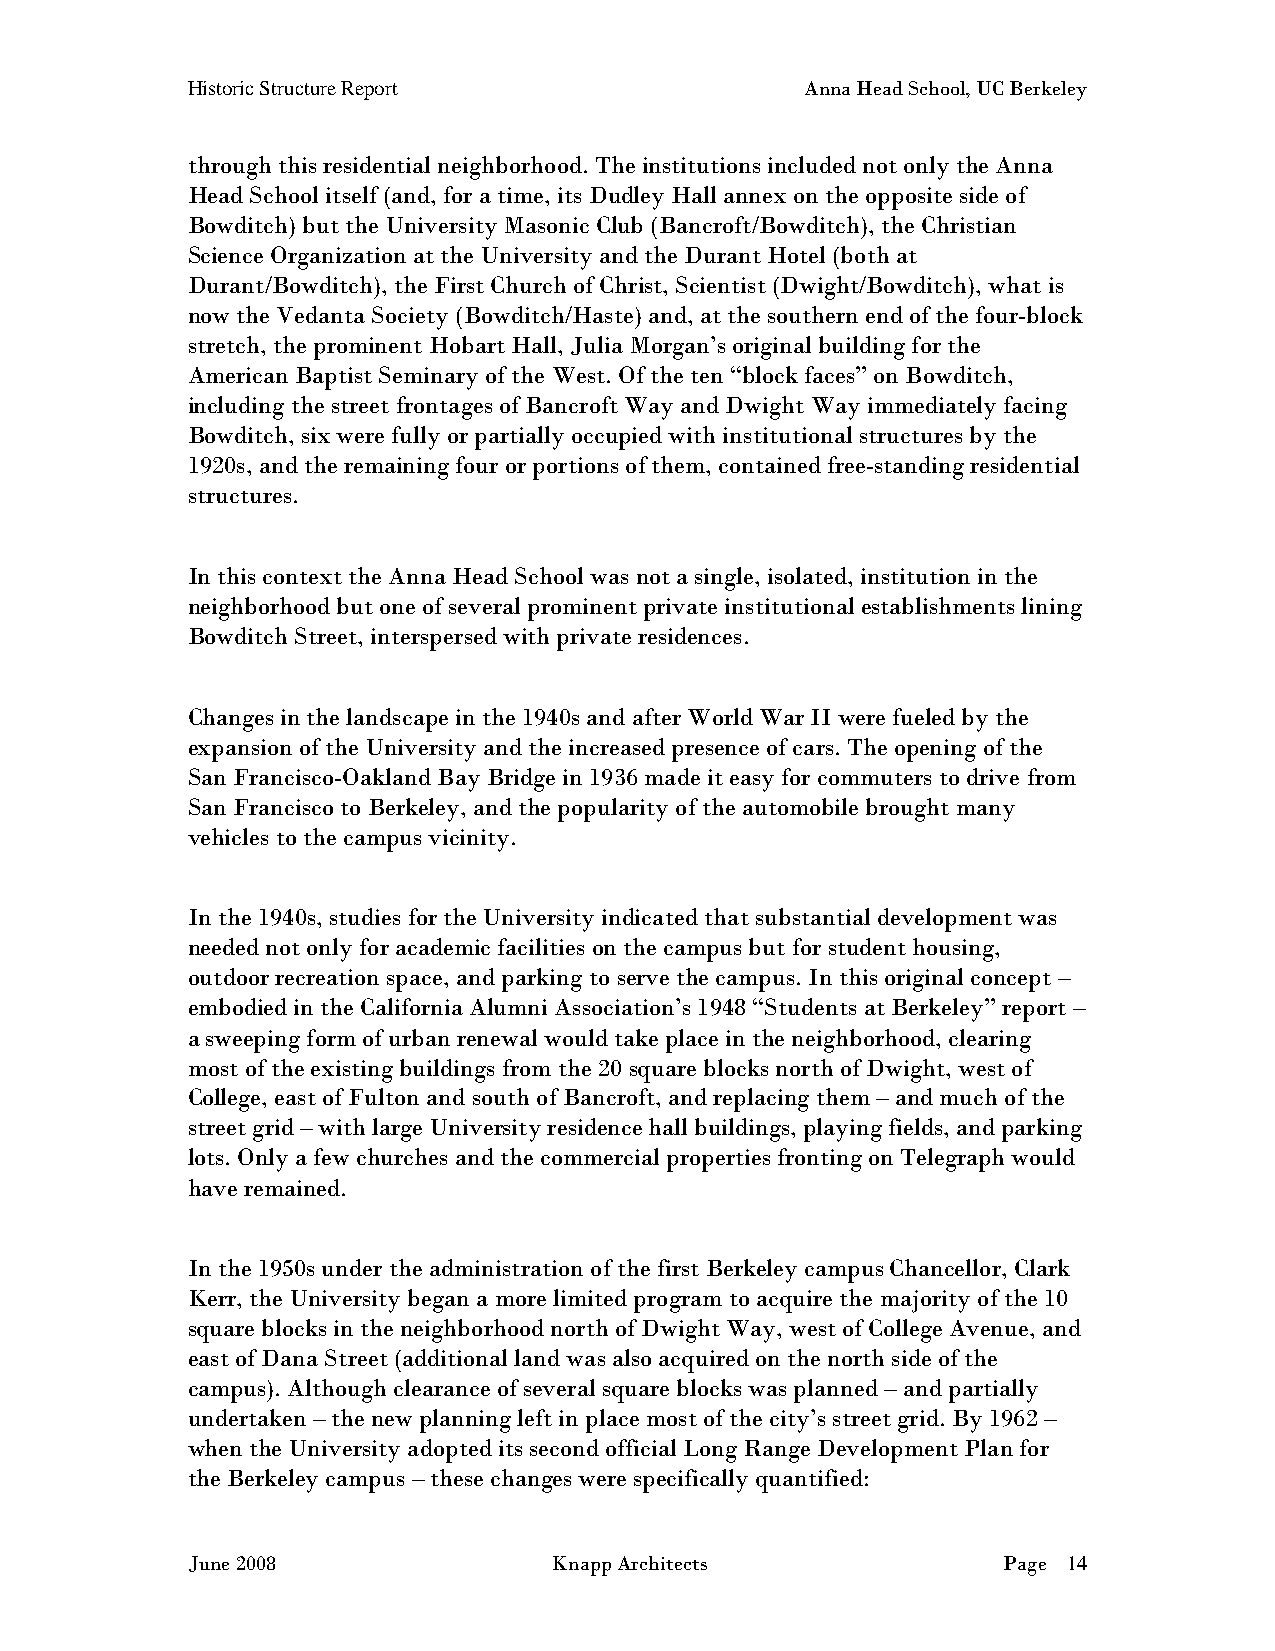
Historic Structure Report                Anna Head School, UC Berkeley
 through this residential neighborhood. The institutions included not only the Anna
 Head School itself (and, for a time, its Dudley Hall annex on the opposite side of
 Bowditch) but the University Masonic Club (Bancroft/Bowditch), the Christian
 Science Organization at the University and the Durant Hotel (both at
 Durant/Bowditch), the First Church of Christ, Scientist (Dwight/Bowditch), what is
 now the Vedanta Society (Bowditch/Haste) and, at the southern end of the four-block
 stretch, the prominent Hobart Hall, Julia Morgan’s original building for the
 American Baptist Seminary of the West. Of the ten “block faces” on Bowditch,
 including the street frontages of Bancroft Way and Dwight Way immediately facing
 Bowditch, six were fully or partially occupied with institutional structures by the
 1920s, and the remaining four or portions of them, contained free-standing residential
 structures.
 In this context the Anna Head School was not a single, isolated, institution in the
 neighborhood but one of several prominent private institutional establishments lining
 Bowditch Street, interspersed with private residences.
 Changes in the landscape in the 1940s and after World War II were fueled by the
 expansion of the University and the increased presence of cars. The opening of the
 San Francisco-Oakland Bay Bridge in 1936 made it easy for commuters to drive from
 San Francisco to Berkeley, and the popularity of the automobile brought many
 vehicles to the campus vicinity.
 In the 1940s, studies for the University indicated that substantial development was
 needed not only for academic facilities on the campus but for student housing,
 outdoor recreation space, and parking to serve the campus. In this original concept –
 embodied in the California Alumni Association’s 1948 “Students at Berkeley” report –
 a sweeping form of urban renewal would take place in the neighborhood, clearing
 most of the existing buildings from the 20 square blocks north of Dwight, west of
 College, east of Fulton and south of Bancroft, and replacing them – and much of the
 street grid – with large University residence hall buildings, playing fields, and parking
 lots. Only a few churches and the commercial properties fronting on Telegraph would
 have remained.
 In the 1950s under the administration of the first Berkeley campus Chancellor, Clark
 Kerr, the University began a more limited program to acquire the majority of the 10
 square blocks in the neighborhood north of Dwight Way, west of College Avenue, and
 east of Dana Street (additional land was also acquired on the north side of the
 campus). Although clearance of several square blocks was planned – and partially
 undertaken – the new planning left in place most of the city’s street grid. By 1962 –
 when the University adopted its second official Long Range Development Plan for
 the Berkeley campus – these changes were specifically quantified:
 June 2008                Knapp Architects             Page 14